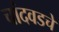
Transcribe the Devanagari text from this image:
चांदवडचे